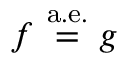
f \ { \stackrel { \mathrm { a . e . } } { = } } \ g